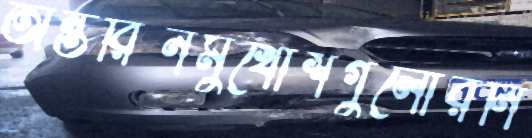
অন্তরিনমুখোশগুলোরনি